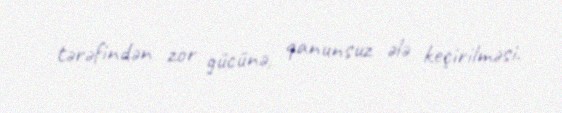
tərəfindən zor gücünə, qanunsuz ələ keçirilməsi.